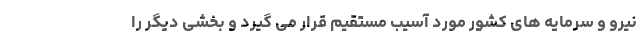
نیرو و سرمایه های کشور مورد آسیب مستقیم قرار می گیرد و بخشی دیگر را